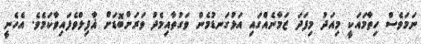
ނަމަވެސް ހިތާމައަކީ މިއަދު މިފަދަ ޒަމާނެއްގައި އަޅުގަނޑުމެން ވަގުތާއިމެދު ވަރަށްބޮޑަށް ޣާފިލްވެފައިވާކަމެވެ. އެހެނީ